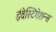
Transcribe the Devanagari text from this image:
इंवेस्टिगेशन्स